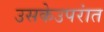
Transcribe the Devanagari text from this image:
उसकेउपरांत